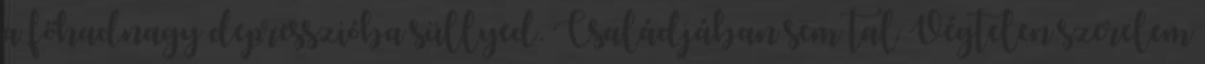
a főhadnagy depresszióba süllyed. Családjában sem tal Végtelen szerelem